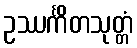
ဥဿင်္ကိတသုတ္တံ